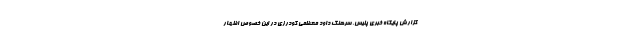
گزارش پایگاه خبری پلیس، سرهنگ داود معظمی گودرزی در این خصوص اظهار